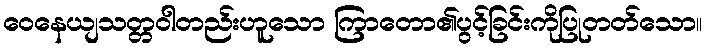
ဝေနေယျသတ္တဝါတည်းဟူသော ကြာတော၏ပွင့်ခြင်းကိုပြုတတ်သော။